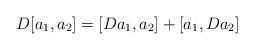
LaTeX: \begin{align*}D[a_1,a_2] = [Da_1,a_2] + [a_1,Da_2]\end{align*}